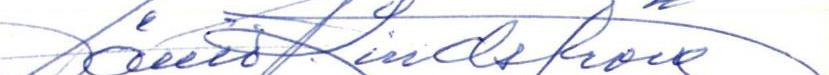
Väinö Lindström